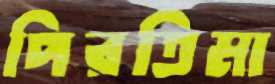
পিরতিমা